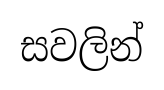
සවලින්